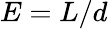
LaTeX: E=L/d